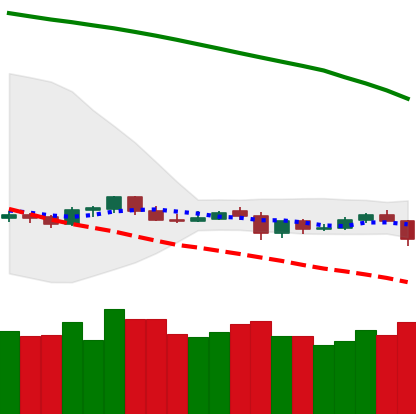
Ticker: NEO-USD
Chart end date: 2019-10-23
Forward return: 55.696%
Label: up_7plus